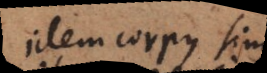
idem corpus simul